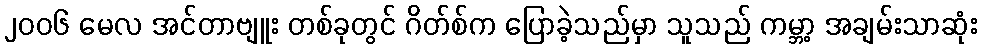
၂၀၀၆ မေလ အင်တာဗျူး တစ်ခုတွင် ဂိတ်စ်က ပြောခဲ့သည်မှာ သူသည် ကမ္ဘာ့ အချမ်းသာဆုံး